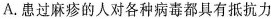
A. 患过麻疹的人对各种病毒都具有抵抗力